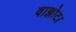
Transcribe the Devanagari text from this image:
वाझोटा